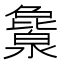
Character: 𬉖